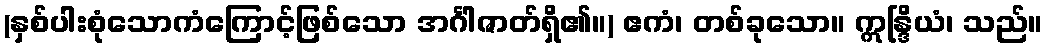
(နှစ်ပါးစုံသောကံကြောင့်ဖြစ်သော အင်္ဂါဇာတ်ရှိ၏။) ဧကံ၊ တစ်ခုသော။ ဣန္ဒြိယံ၊ သည်။